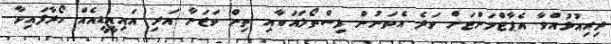
ދިރިއުޅުއްވާ އެޕާޓްމަންޓަށް ވަދެ އެތަނުން ފިސްތޯލައަކާއި ތިން ވަޒަނާ އަދި އައިއީޑީއެއް ހޯދާފައިވާ